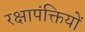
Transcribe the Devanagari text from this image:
रक्षापंक्तियों